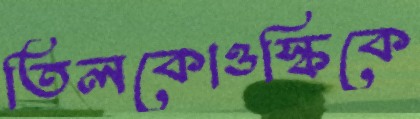
তিলকোওস্কিকে